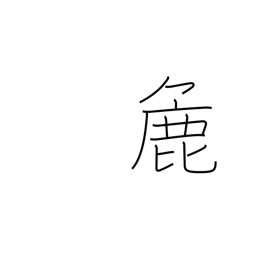
Meaning: crude